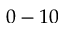
0 - 1 0